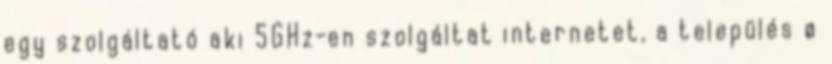
egy szolgáltató aki 5GHz-en szolgáltat internetet, a település ø